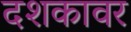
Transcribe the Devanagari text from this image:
दशकावर